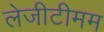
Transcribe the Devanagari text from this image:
लेजीटीमम